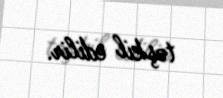
təşkil edilir.